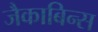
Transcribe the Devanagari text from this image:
जैकाबिन्स